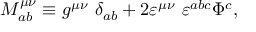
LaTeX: M _ { a b } ^ { \mu \nu } \equiv g ^ { \mu \nu } ~ \delta _ { a b } + 2 \varepsilon ^ { \mu \nu } ~ \varepsilon ^ { a b c } \Phi ^ { c } ,